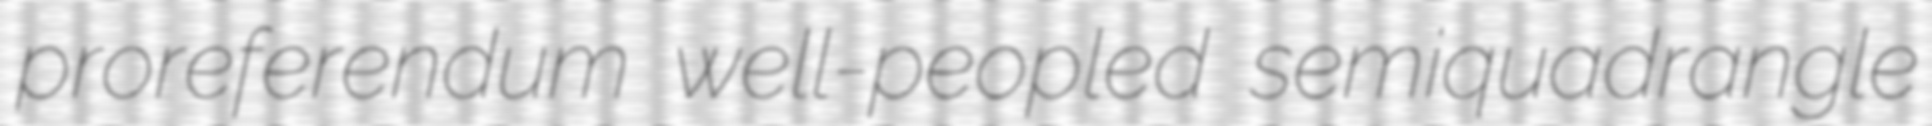
proreferendum well-peopled semiquadrangle